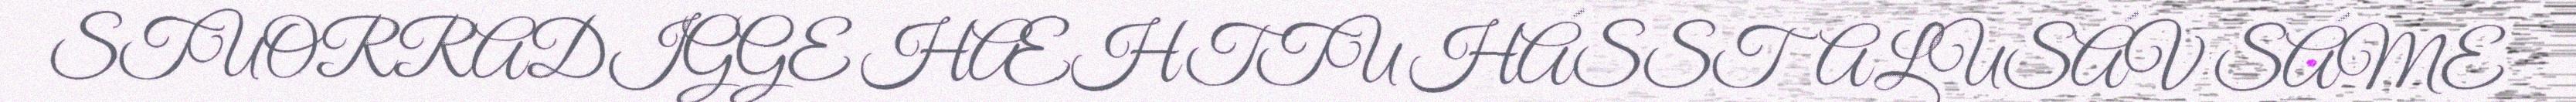
STUORRADIGGE HÆHTTU HÁSSTALUSÁV SÁME